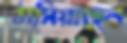
ঠাসিয়াছেন